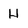
Character: H